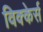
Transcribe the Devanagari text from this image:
विक्केर्स